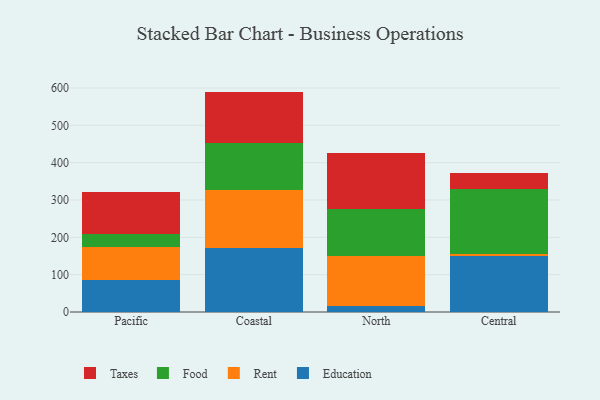
{"axis": {"x": "Region", "y": "Budget (USD K)"}, "legend": ["Education", "Food", "Rent", "Taxes"], "data": [{"x": "Pacific", "y": 86.6, "type": "Education"}, {"x": "Pacific", "y": 87.6, "type": "Rent"}, {"x": "Pacific", "y": 34.0, "type": "Food"}, {"x": "Pacific", "y": 112.1, "type": "Taxes"}, {"x": "Coastal", "y": 172.2, "type": "Education"}, {"x": "Coastal", "y": 153.4, "type": "Rent"}, {"x": "Coastal", "y": 127.3, "type": "Food"}, {"x": "Coastal", "y": 137.4, "type": "Taxes"}, {"x": "North", "y": 16.0, "type": "Education"}, {"x": "North", "y": 134.6, "type": "Rent"}, {"x": "North", "y": 125.5, "type": "Food"}, {"x": "North", "y": 149.5, "type": "Taxes"}, {"x": "Central", "y": 149.3, "type": "Education"}, {"x": "Central", "y": 6.7, "type": "Rent"}, {"x": "Central", "y": 172.6, "type": "Food"}, {"x": "Central", "y": 45.0, "type": "Taxes"}]}